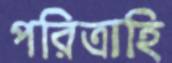
পরিত্রাহি